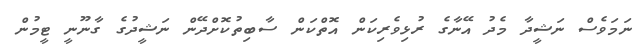
ނަމަވެސް ނަޝީދާ މެދު އޭނާގެ ރުޅިވެރިކަން އޮތްކަން ސާބިތުކޮށްދޭން ނަޝީދުގެ ގާނޫނީ ޓީމުން